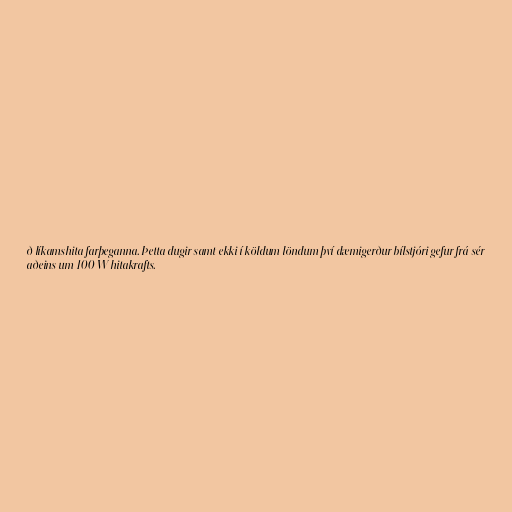
ð líkamshita farþeganna. Þetta dugir samt ekki í köldum löndum því dæmigerður bílstjóri gefur frá sér
aðeins um 100 W hitakrafts.